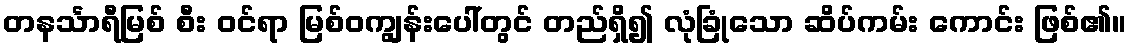
တနင်္သာရီမြစ် စီး ဝင်ရာ မြစ်ဝကျွန်းပေါ်တွင် တည်ရှိ၍ လုံခြုံသော ဆိပ်ကမ်း ကောင်း ဖြစ်၏။